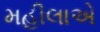
મહીલાએ